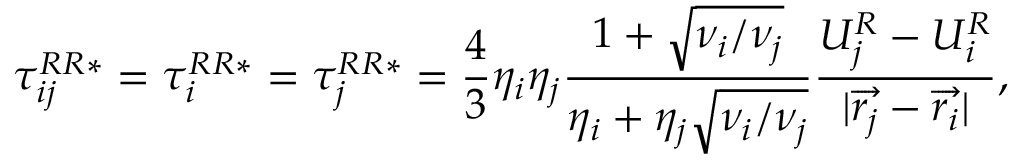
\tau _ { i j } ^ { R R * } = \tau _ { i } ^ { R R * } = \tau _ { j } ^ { R R * } = \frac { 4 } { 3 } \eta _ { i } \eta _ { j } \frac { 1 + \sqrt { \nu _ { i } / \nu _ { j } } } { \eta _ { i } + \eta _ { j } \sqrt { \nu _ { i } / \nu _ { j } } } \frac { U _ { j } ^ { R } - U _ { i } ^ { R } } { | \overrightarrow { r _ { j } } - \overrightarrow { r _ { i } } | } ,